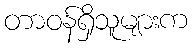
တာဝန်ရှိသူများက